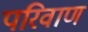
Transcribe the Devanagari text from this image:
परिवाण